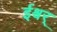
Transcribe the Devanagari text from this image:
ईश्वर्